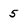
Character: 5